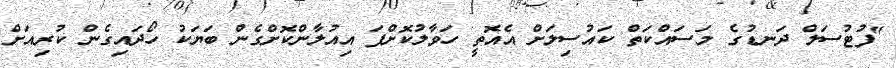
"ފުޓުސަލް ދަނޑުގެ މަސައްކަތް ކައުސިލަށް އެއޮތީ ހަވާލުކޮށްފަ އިއުލާންކޮށްގެން ބަޔަކު ހޯދައިގެން ކުރިއަށް